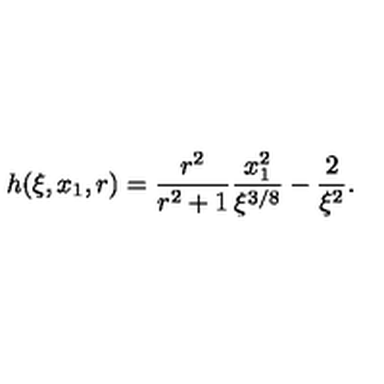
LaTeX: h ( \xi , x _ { 1 } , r ) = \frac { r ^ { 2 } } { r ^ { 2 } + 1 } \frac { x _ { 1 } ^ { 2 } } { \xi ^ { 3 / 8 } } - \frac { 2 } { \xi ^ { 2 } } .